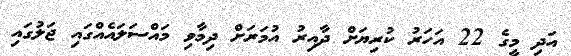
އަދި މީގެ 22 އަހަރު ކުރިޔަށް ދާއިރު އުމަރަށް ދިމާވި މައްސަލައެއްގައި ޖަލުގައި